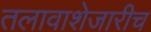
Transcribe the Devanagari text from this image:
तलावाशेजारीच